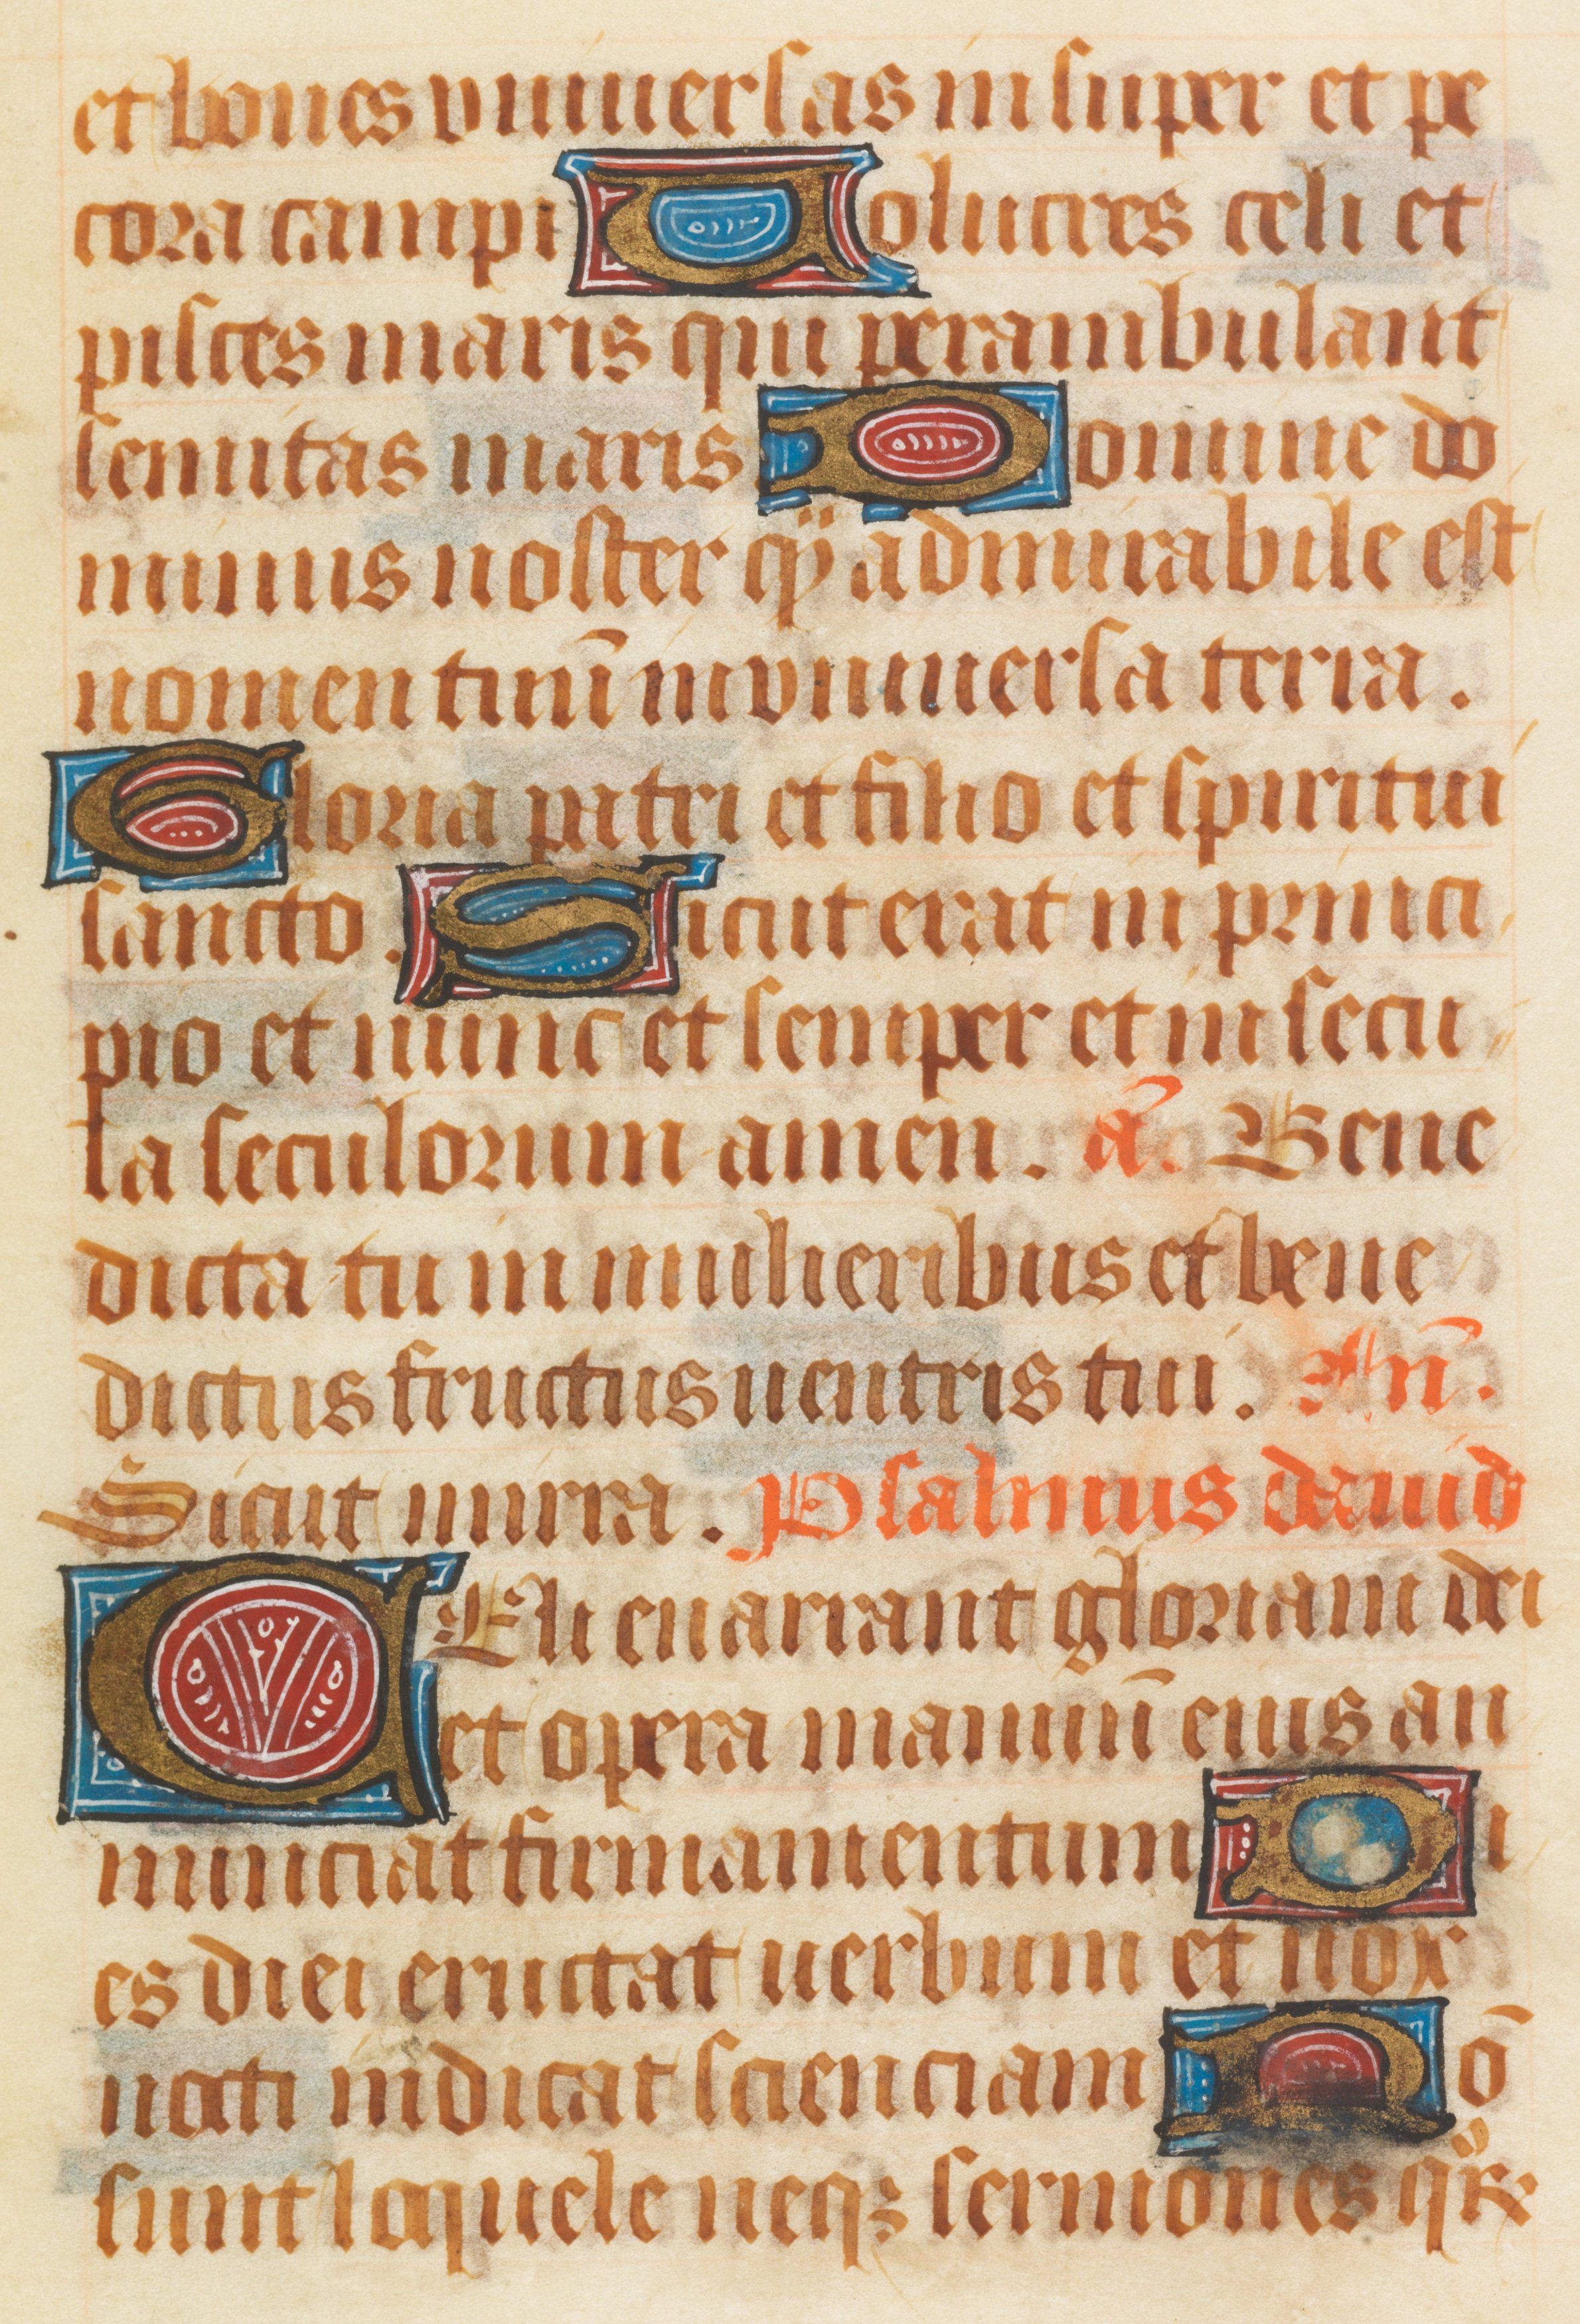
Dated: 1511–1520